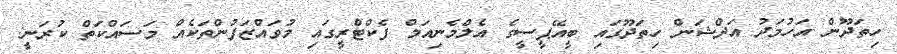
ހިތަދޫން އަހުމަދު އަދްޝަން ހިތަދޫގައި ބީއޭޕީސީގެ އެލްމެނިއަމް ފެކްޓްރީގައި މުވައްޒަފުންތަކެއް މަސައްކަތް ކުރަނީ: